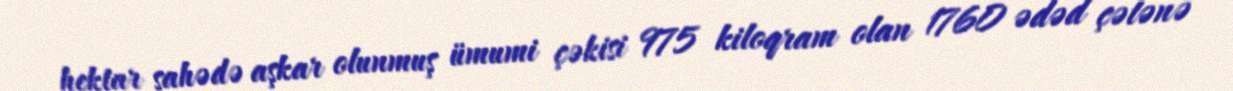
hektar sahədə aşkar olunmuş ümumi çəkisi 975 kiloqram olan 1760 ədəd çətənə